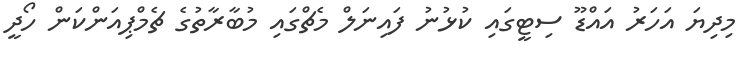
މިދިޔަ އަހަރު އައްޑޫ ސިޓީގައި ކުޅުނު ފައިނަލް މެޗްގައި މުބާރާތުގެ ޗެމްޕިއަންކަން ހޯދީ